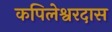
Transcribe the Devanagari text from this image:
कपिलेश्वरदास